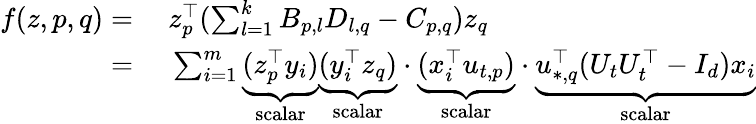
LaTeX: \begin{array}{rl}{f(z,p,q)=}&{~z_{p}^{\top}(\sum_{l=1}^{k}B_{p,l}D_{l,q}-C_{p,q})z_{q}}\\ {=}&{~\sum_{i=1}^{m}\underbrace{(z_{p}^{\top}y_{i})}_{\mathrm{scalar}}\underbrace{(y_{i}^{\top}z_{q})}_{\mathrm{scalar}}\cdot\underbrace{(x_{i}^{\top}u_{t,p})}_{\mathrm{scalar}}\cdot\underbrace{u_{*,q}^{\top}(U_{t}U_{t}^{\top}-I_{d})x_{i}}_{\mathrm{scalar}}}\end{array}